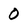
Character: O